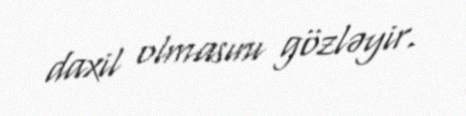
daxil olmasını gözləyir.